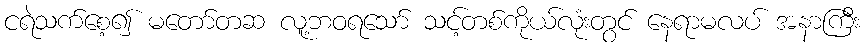
ငရဲသက်စေ့၍ မတော်တဆ လူ့ဘဝရသော် သင့်တစ်ကိုယ်လုံးတွင် နေရာမလပ် အနာကြီး